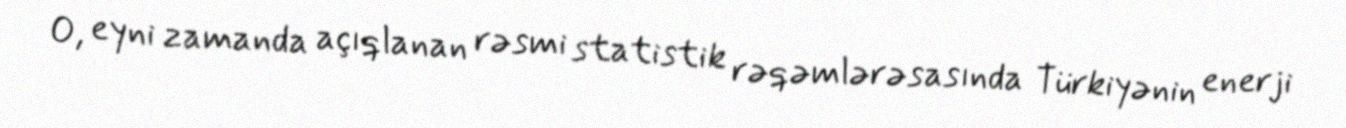
O, eyni zamanda açıqlanan rəsmi statistik rəqəmlərəsasında Türkiyənin enerji